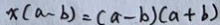
x ( a - b ) = ( a - b ) ( a + b )